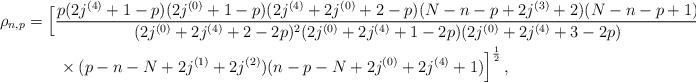
LaTeX: \begin{align*}\rho_{n,p} &= \Big[{\frac{p(2j^{(4)}+1-p)(2j^{(0)}+1-p)(2j^{(4)}+2j^{(0)}+2-p)(N-n-p+2j^{(3)}+2)(N-n-p+1) }{(2j^{(0)}+2j^{(4)} +2-2p)^2(2j^{(0)}+2j^{(4)}+1-2p)(2j^{(0)}+2j^{(4)}+3-2p) } } \\ &\qquad\times { (p-n-N+2j^{(1)}+2j^{(2)})(n-p-N +2j^{(0)}+2j^{(4)}+1) }\Big]^{\frac12}\,, \end{align*}